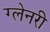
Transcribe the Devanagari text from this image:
ग्‍लेनरी